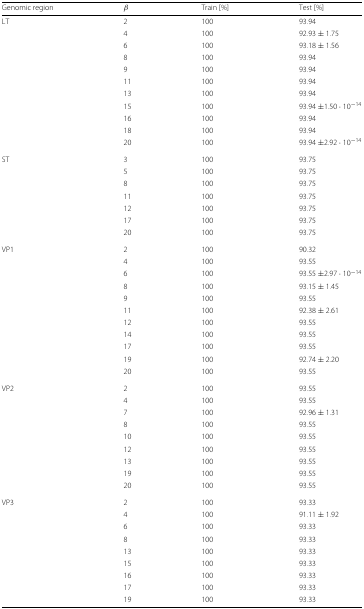
<table><thead><tr><td><b>Genomic region</b></td><td><b><i>β</i></b></td><td><b>Train [%]</b></td><td><b>Test [%]</b></td></tr></thead><tbody><tr><td>LT</td><td>2</td><td>100</td><td>93.94</td></tr><tr><td>[EMPTY_CELL]</td><td>4</td><td>100</td><td>92.93 ± 1.75</td></tr><tr><td>[EMPTY_CELL]</td><td>6</td><td>100</td><td>93.18 ± 1.56</td></tr><tr><td>[EMPTY_CELL]</td><td>8</td><td>100</td><td>93.94</td></tr><tr><td>[EMPTY_CELL]</td><td>9</td><td>100</td><td>93.94</td></tr><tr><td>[EMPTY_CELL]</td><td>11</td><td>100</td><td>93.94</td></tr><tr><td>[EMPTY_CELL]</td><td>13</td><td>100</td><td>93.94</td></tr><tr><td>[EMPTY_CELL]</td><td>15</td><td>100</td><td>93.94 ±1.50·10<sup>−14</sup></td></tr><tr><td>[EMPTY_CELL]</td><td>16</td><td>100</td><td>93.94</td></tr><tr><td>[EMPTY_CELL]</td><td>18</td><td>100</td><td>93.94</td></tr><tr><td>[EMPTY_CELL]</td><td>20</td><td>100</td><td>93.94 ±2.92·10<sup>−14</sup></td></tr><tr><td>ST</td><td>3</td><td>100</td><td>93.75</td></tr><tr><td>[EMPTY_CELL]</td><td>5</td><td>100</td><td>93.75</td></tr><tr><td>[EMPTY_CELL]</td><td>8</td><td>100</td><td>93.75</td></tr><tr><td>[EMPTY_CELL]</td><td>11</td><td>100</td><td>93.75</td></tr><tr><td>[EMPTY_CELL]</td><td>12</td><td>100</td><td>93.75</td></tr><tr><td>[EMPTY_CELL]</td><td>17</td><td>100</td><td>93.75</td></tr><tr><td>[EMPTY_CELL]</td><td>20</td><td>100</td><td>93.75</td></tr><tr><td>VP1</td><td>2</td><td>100</td><td>90.32</td></tr><tr><td>[EMPTY_CELL]</td><td>4</td><td>100</td><td>93.55</td></tr><tr><td>[EMPTY_CELL]</td><td>6</td><td>100</td><td>93.55 ±2.97·10<sup>−14</sup></td></tr><tr><td>[EMPTY_CELL]</td><td>8</td><td>100</td><td>93.15 ± 1.45</td></tr><tr><td>[EMPTY_CELL]</td><td>9</td><td>100</td><td>93.55</td></tr><tr><td>[EMPTY_CELL]</td><td>11</td><td>100</td><td>92.38 ± 2.61</td></tr><tr><td>[EMPTY_CELL]</td><td>12</td><td>100</td><td>93.55</td></tr><tr><td>[EMPTY_CELL]</td><td>14</td><td>100</td><td>93.55</td></tr><tr><td>[EMPTY_CELL]</td><td>17</td><td>100</td><td>93.55</td></tr><tr><td>[EMPTY_CELL]</td><td>19</td><td>100</td><td>92.74 ± 2.20</td></tr><tr><td>[EMPTY_CELL]</td><td>20</td><td>100</td><td>93.55</td></tr><tr><td>VP2</td><td>2</td><td>100</td><td>93.55</td></tr><tr><td>[EMPTY_CELL]</td><td>4</td><td>100</td><td>93.55</td></tr><tr><td>[EMPTY_CELL]</td><td>7</td><td>100</td><td>92.96 ± 1.31</td></tr><tr><td>[EMPTY_CELL]</td><td>8</td><td>100</td><td>93.55</td></tr><tr><td>[EMPTY_CELL]</td><td>10</td><td>100</td><td>93.55</td></tr><tr><td>[EMPTY_CELL]</td><td>12</td><td>100</td><td>93.55</td></tr><tr><td>[EMPTY_CELL]</td><td>13</td><td>100</td><td>93.55</td></tr><tr><td>[EMPTY_CELL]</td><td>19</td><td>100</td><td>93.55</td></tr><tr><td>[EMPTY_CELL]</td><td>20</td><td>100</td><td>93.55</td></tr><tr><td>VP3</td><td>2</td><td>100</td><td>93.33</td></tr><tr><td>[EMPTY_CELL]</td><td>4</td><td>100</td><td>91.11 ± 1.92</td></tr><tr><td>[EMPTY_CELL]</td><td>6</td><td>100</td><td>93.33</td></tr><tr><td>[EMPTY_CELL]</td><td>8</td><td>100</td><td>93.33</td></tr><tr><td>[EMPTY_CELL]</td><td>13</td><td>100</td><td>93.33</td></tr><tr><td>[EMPTY_CELL]</td><td>15</td><td>100</td><td>93.33</td></tr><tr><td>[EMPTY_CELL]</td><td>16</td><td>100</td><td>93.33</td></tr><tr><td>[EMPTY_CELL]</td><td>17</td><td>100</td><td>93.33</td></tr><tr><td>[EMPTY_CELL]</td><td>19</td><td>100</td><td>93.33</td></tr></tbody></table>